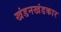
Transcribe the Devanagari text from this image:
खंडनखंडकार